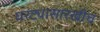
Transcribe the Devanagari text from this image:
घरट्यासारखीच